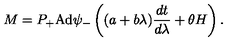
M = P _ { + } \mathrm { A d } \psi _ { - } \left( ( a + b \lambda ) \frac { d t } { d \lambda } + \theta H \right) .